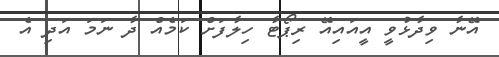
އޭނާ ވިދާޅުވީ އީއައިއޭ ރިޕޯޓާ ހިލާފަށް ކަމެއް ދާ ނަމަ އަދި އެ